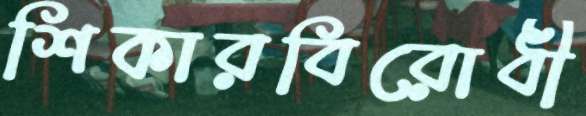
শিকারবিরোধী